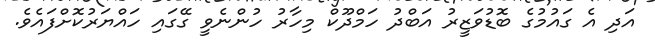
އަދި އެ ގައުމުގެ ބޮޑުވަޒީރު އަބްދު ހަމްދޫކް މިހާރު ހުންނެވީ ގޭގައި ހައްޔަރުކޮށްފައެވެ.